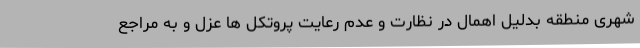
شهری منطقه بدلیل اهمال در نظارت و عدم رعایت پروتکل ها عزل و به مراجع